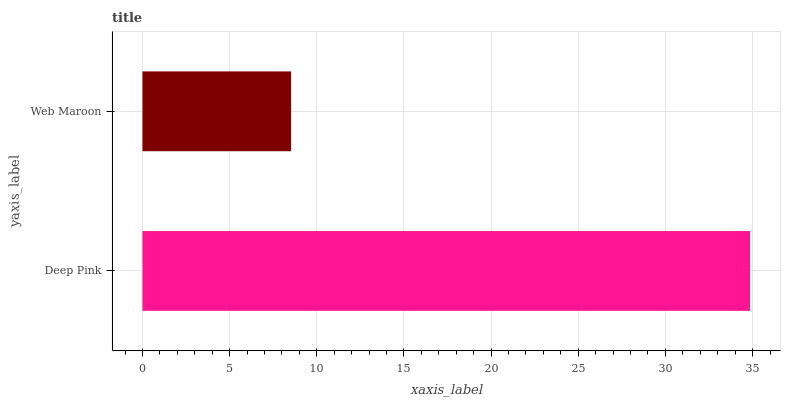
| yaxis_label | bars |
 | --- | --- |
 | Deep Pink | 34.9 |
 | Web Maroon | 8.52 |